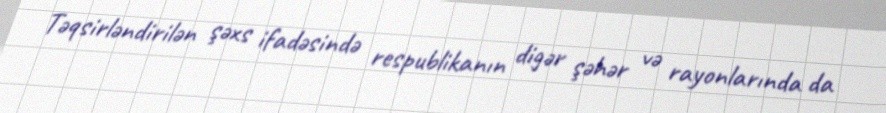
Təqsirləndirilən şəxs ifadəsində respublikanın digər şəhər və rayonlarında da